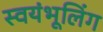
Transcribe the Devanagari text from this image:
स्वयंभूलिंग